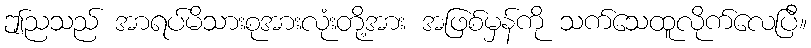
ဤညသည် အာရပ်မိသားစုအားလုံးတို့အား အဖြစ်မှန်ကို သက်သေထူလိုက်လေပြီ။